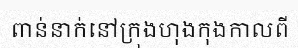
ពាន់នាក់នៅក្រុងហុងកុងកាលពី